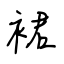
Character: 裙